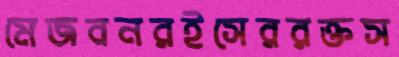
মেজবনরইসেররক্তস